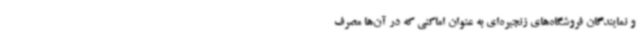
و نمایندگان فروشگاه‌های زنجیره‌ای به عنوان اماکنی که در آن‌ها مصرف